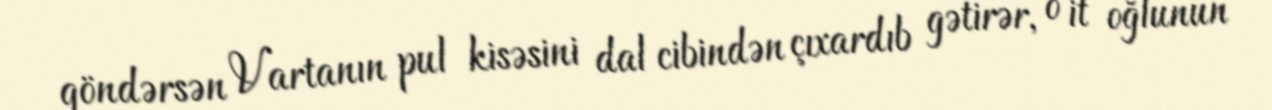
göndərsən Vartanın pul kisəsini dal cibindən çıxardıb gətirər, o it oğlunun